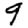
Digit: 9